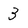
Character: 3